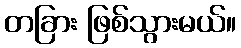
တခြား ဖြစ်သွားမယ်။